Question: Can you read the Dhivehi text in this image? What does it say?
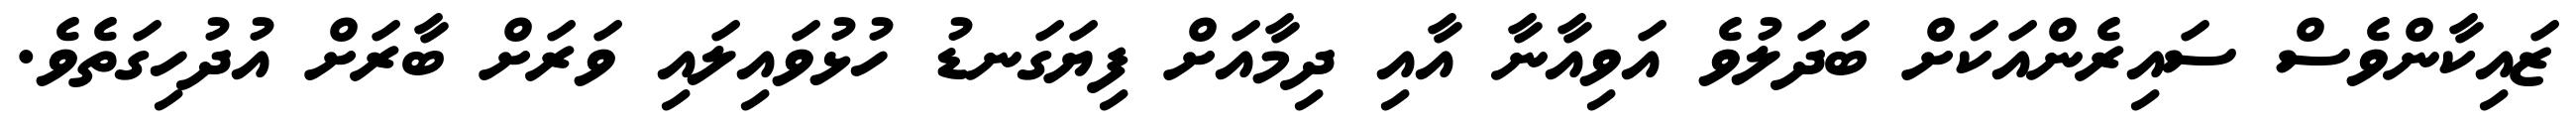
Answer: ޒައިކާންވެސް ސައިރެންއަކަށް ބަދަލުވެ އަވިއާނާ އާއި ދިމާއަށް ފިޔަގަނޑު ހުޅުވައިލައި ވަރަށް ބާރަށް އުދުހިގަތެވެ.